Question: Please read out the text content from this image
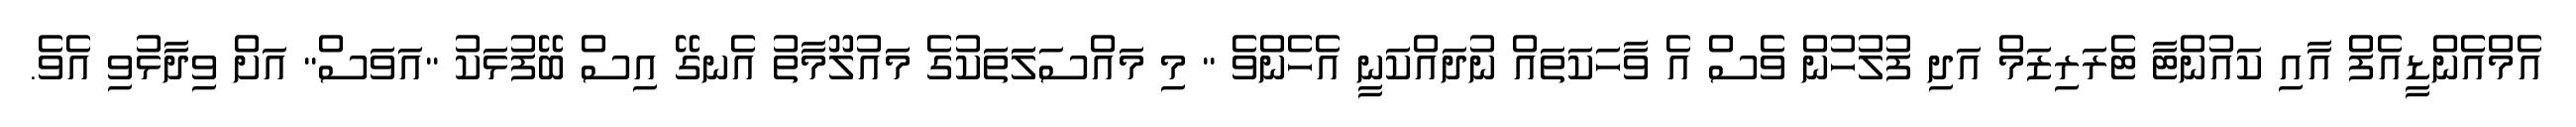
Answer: އެމްއެންޑީއެފް އާއި ކައުންޓާ ޓެރަރިޒަމް އަދި ފުލުހުން ވެސް އެ ވާހަކަތައް ނުދައްކަނީ އެހެންވެ " މި މައްސަލަަތަކުގެ މައުލޫމާތު އެނގޭ އިސް ބޭފުޅަކު "އަވަސް" އަށް ވިދާޅުވި އެވެ.